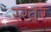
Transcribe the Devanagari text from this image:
रखर